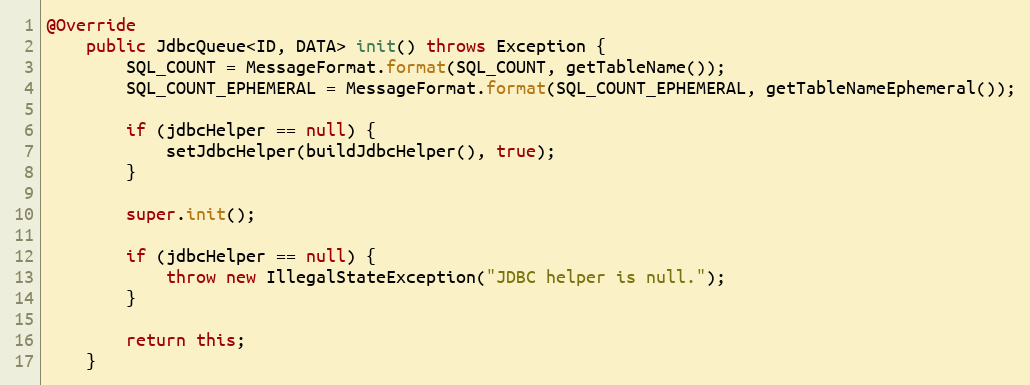
Language: Java
@Override
    public JdbcQueue<ID, DATA> init() throws Exception {
        SQL_COUNT = MessageFormat.format(SQL_COUNT, getTableName());
        SQL_COUNT_EPHEMERAL = MessageFormat.format(SQL_COUNT_EPHEMERAL, getTableNameEphemeral());

        if (jdbcHelper == null) {
            setJdbcHelper(buildJdbcHelper(), true);
        }

        super.init();

        if (jdbcHelper == null) {
            throw new IllegalStateException("JDBC helper is null.");
        }

        return this;
    }